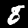
Digit: 8